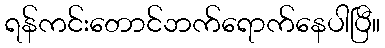
ရန်ကင်းတောင်ဘက်ရောက်နေပါပြီ။